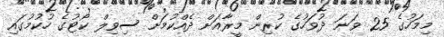
މިމަހުގެ 25 ވަނަ ދުވަހުގެ ކުރިން މީރާއަށް ދެއްކުމަށް ސިވިލް ކޯޓުގެ ހުކުމުގައި